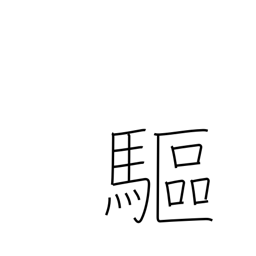
Meaning: expel